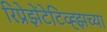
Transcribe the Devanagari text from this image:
रिप्रेझेंटेटिव्ह्झच्या